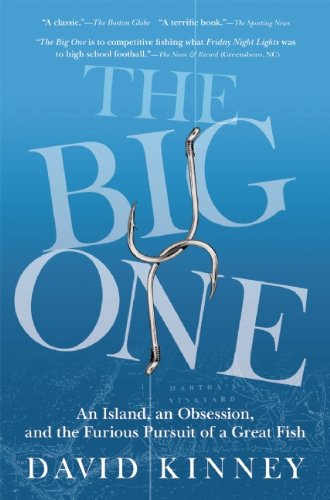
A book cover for The Big One: An Island, an Obsession, and the Furious Pursuit of a Great Fish; David Kinney; Sports & Outdoors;